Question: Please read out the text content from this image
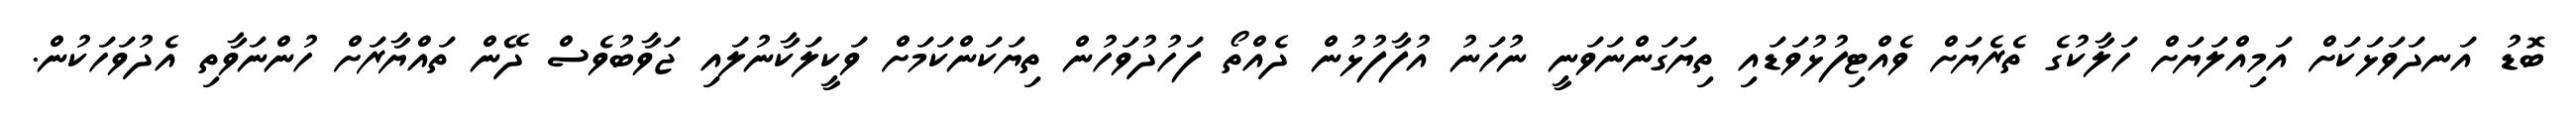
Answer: ބޮޑު އަނދަވަޅަކަށް އަމިއްލަޔަށް ހަލާކުގެ ތެރެޔަށް ވެއްޓިފުޅުވަޑައި ތިޔަގަންނަވަނީ ނުހަނު އުފާފުޅުން ދެއްތޯ ފަހުދުވަހުން ތިޔަކަންކަމަށް ވަކީލަކާނުލައި ޖަވާބުވެސް ދޭން ތައްޔާރަށް ހުންނަވާތި އެދުވަހަކުން.